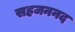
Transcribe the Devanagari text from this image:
सहजननद